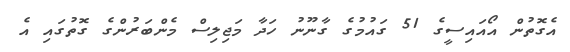
އެގޮތުން އޯއައިސީގެ 51 ގައުމުގެ ގާނޫނު ހަދާ މަޖިލިސް މެންބަރުންގެ ގޮތުގައި އެ